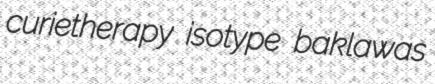
curietherapy isotype baklawas